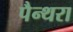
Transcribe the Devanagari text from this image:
पैन्थरा